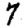
Digit: 7